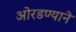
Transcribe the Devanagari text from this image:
ओरडण्याने